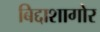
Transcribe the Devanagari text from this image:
बिद्दाशागोर